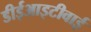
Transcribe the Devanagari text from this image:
डीईआइटीवाई